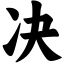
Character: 决